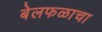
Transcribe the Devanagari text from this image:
बेलफळाचा